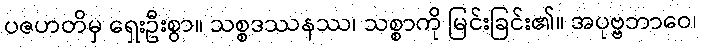
ပဇဟတိမှ ရှေးဦးစွာ။ သစ္စဒဿနဿ၊ သစ္စာကို မြင်းခြင်း၏။ အပုဗ္ဗဘာဝေ၊